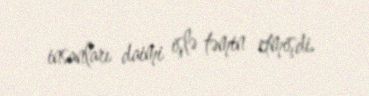
insanları daimi işlə təmin etmişdi.